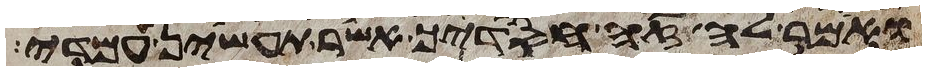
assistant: ואמר לה זה חסדיך אשר תעשין עמדי